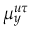
\mu _ { y } ^ { u \tau }